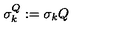
\sigma _ { k } ^ { Q } : = \sigma _ { k } Q